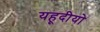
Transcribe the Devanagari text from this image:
यहूदीयो